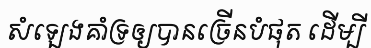
សំឡេងគាំទ្រឲ្យបានច្រើនបំផុត ដើម្បី